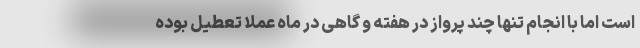
است اما با انجام تنها چند پرواز در هفته و گاهی در ماه عملا تعطیل بوده